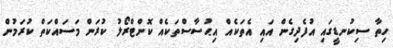
ހިތާ ސިކުނޑީގައި އުފެދިގެން އައި އެތަކެއް އިޙުސާސްތަކެއް ކޮންޓްރޯލު ކުރަން މަސައްކަތް ކުރަމުން